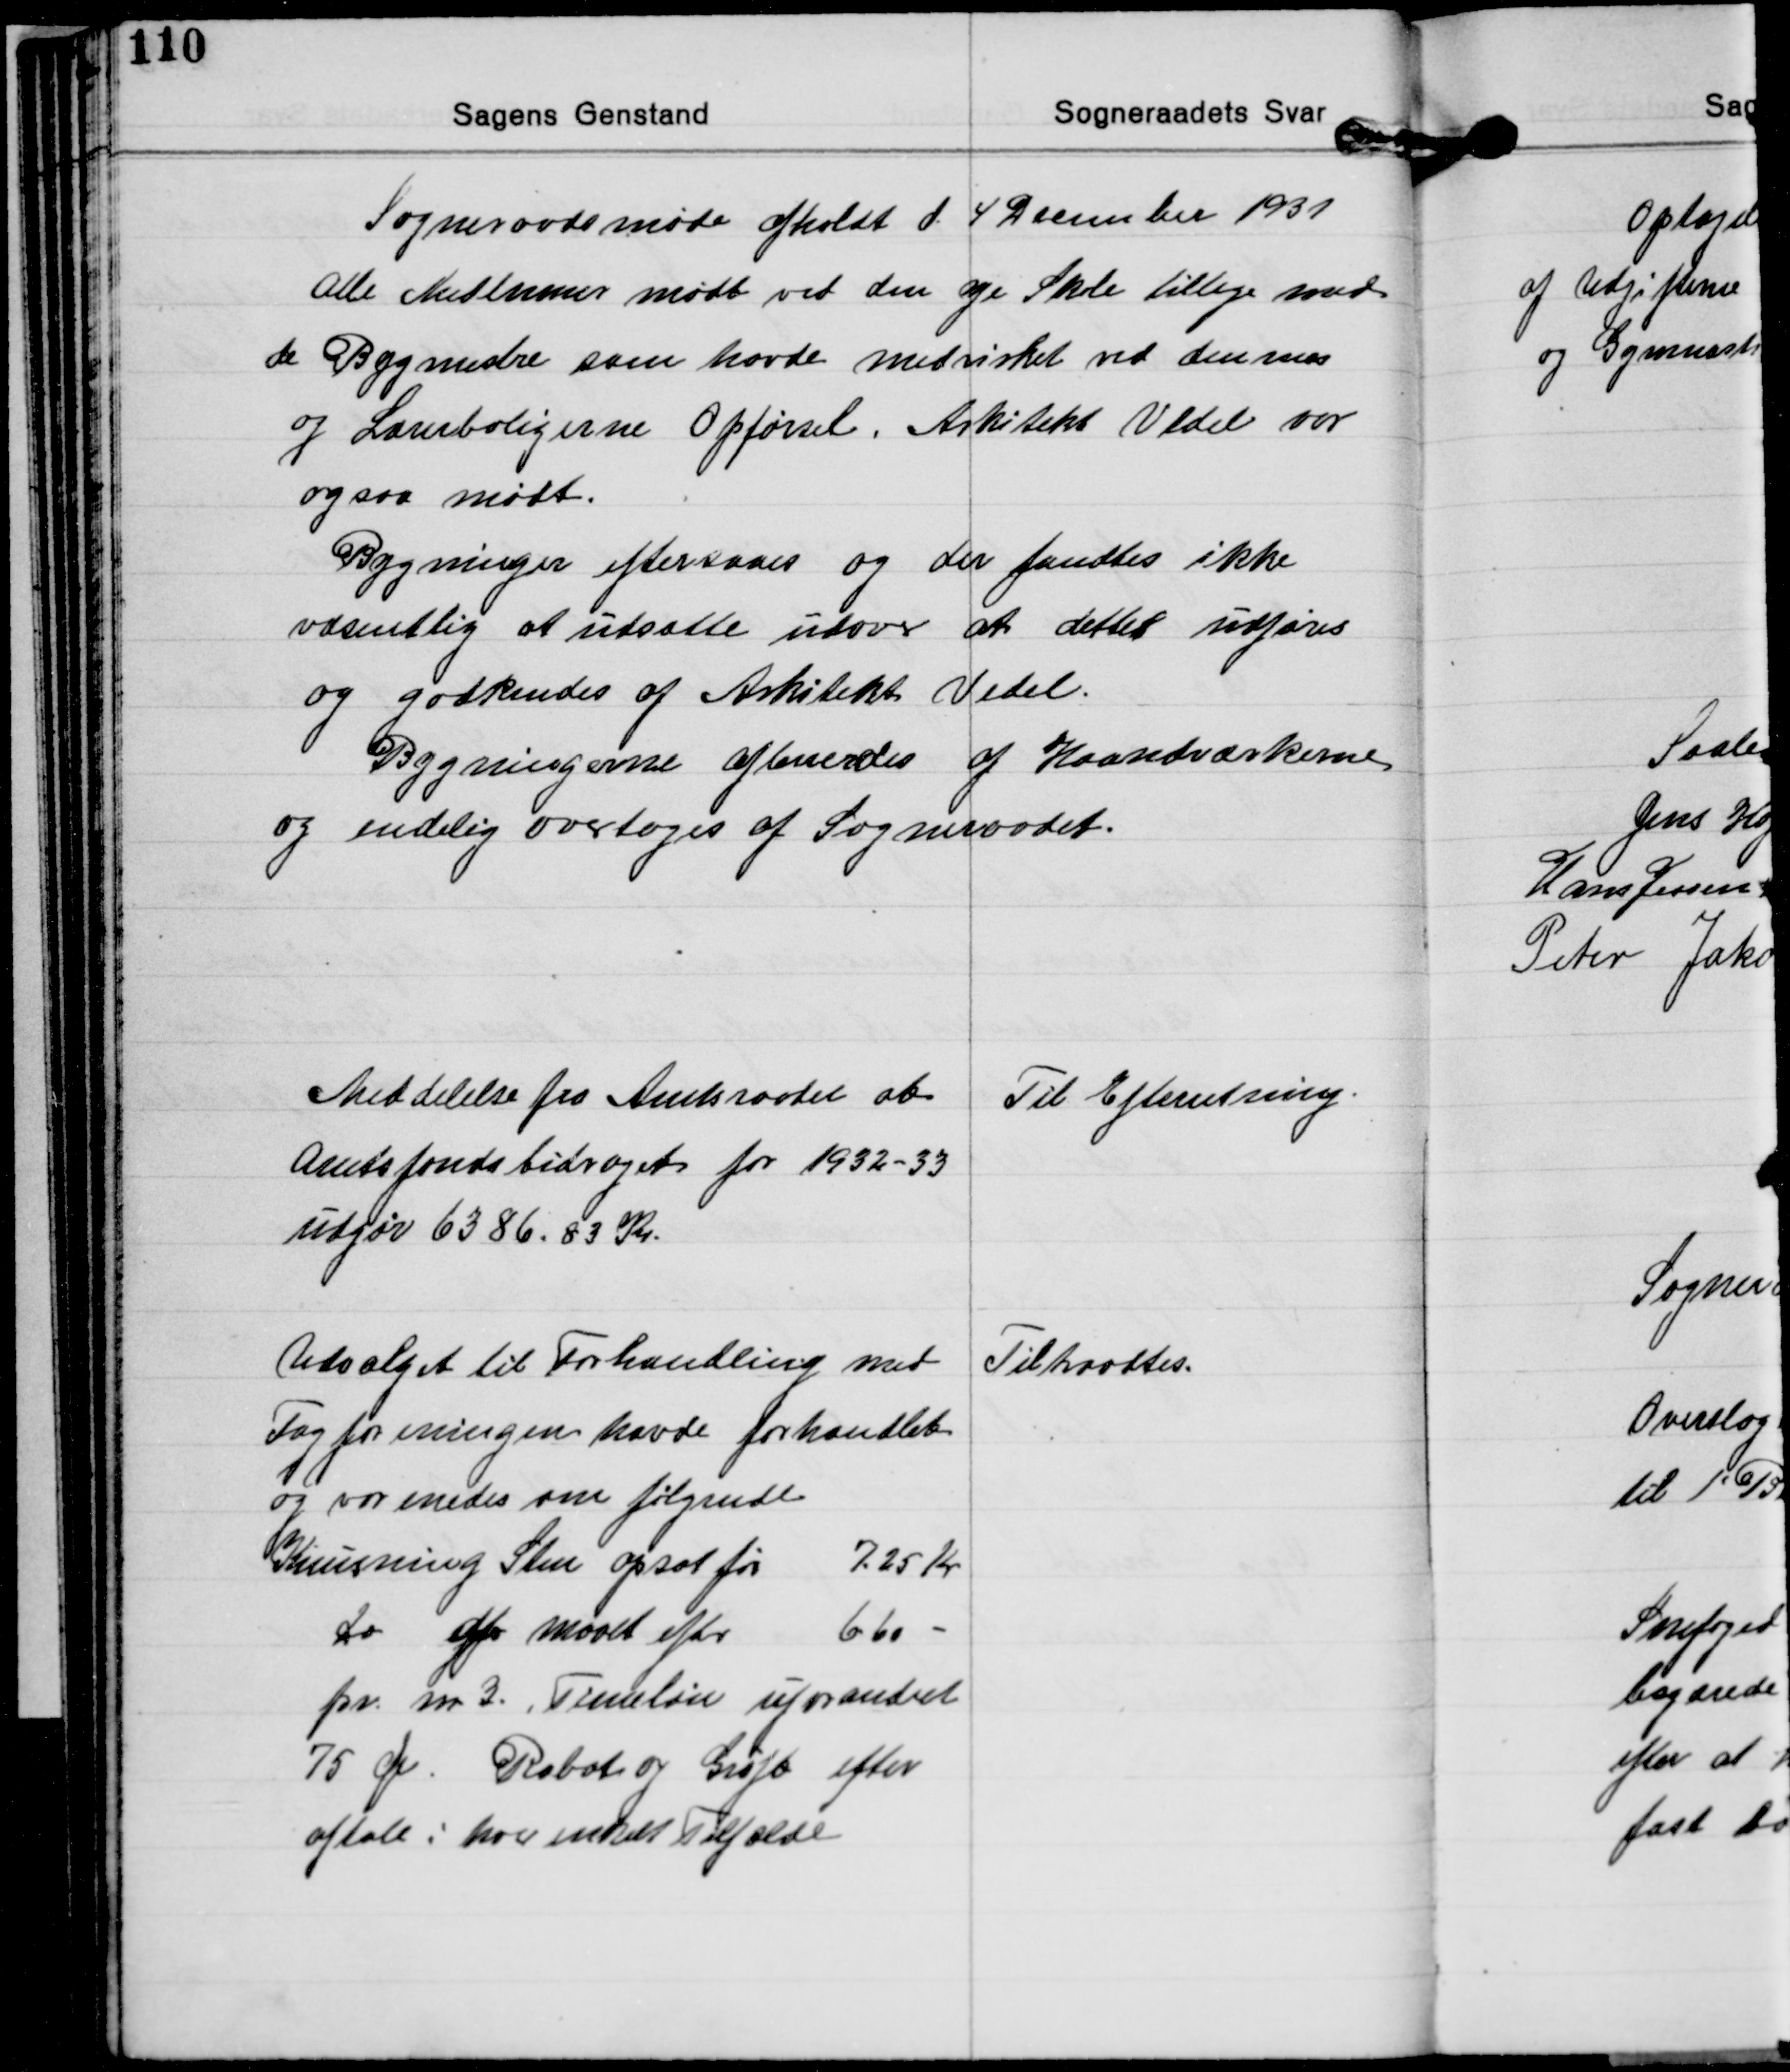
Transskription:
Sogneraadsmøde afholdt d. 4 December 1931

Alle Medlemmer mødt ved den nye Skole tillige med
de Bygmestre som havde medvirket ved dennes
og Lærerboligerne Opførsel. Arkitekt Vedel var
ogsaa mødt.

Bygninger eftersaaes og der fandtes ikke
væsentlig at udsætte udover at dettet udføres
og godkendes af Arkitekt Vedel.
Bygningerne afleveredes af Haandværkerne
og endelig overtoges af Sogneraadet.

Meddelelse fra Amtsraadet at
Amtsfondsbidraget for 1932-33
udgør 6386.83 Kr.

Til Efterretning.

Udvalget til Forhandling med
Fagforeningen havde forhandlet
og var enedes om følgende
Knusning Sten opsat for 7,25 Kr
Do af Moaet efter 6,60 -
pr. m³. Timeløn uforandret
75 Øre. Rabat og Grøft efter
aftale i hver enkelt Tilfælde

Tiltraadtes.